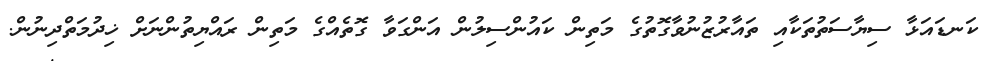
ކަނޑައަޅާ ސިޔާސަތުތަކާއި ތައާރުޒުނުވާގޮތުގެ މަތިން ކައުންސިލުން އަންގަވާ ގޮތެއްގެ މަތިން ރައްޔިތުންނަށް ޚިދުމަތްދިނުން.